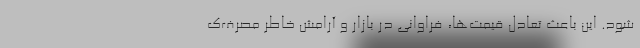
شود. این باعث تعادل قیمت‌ها، فراوانی در بازار و آرامش خاطر مصرف‌ک